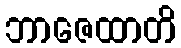
ဘာဇေထာတိ